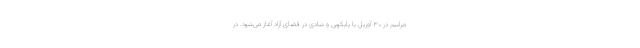
مراسم در ۳۰ آوریل با پایکوبی و شادی در فضای آزاد آغاز می‌شود. در